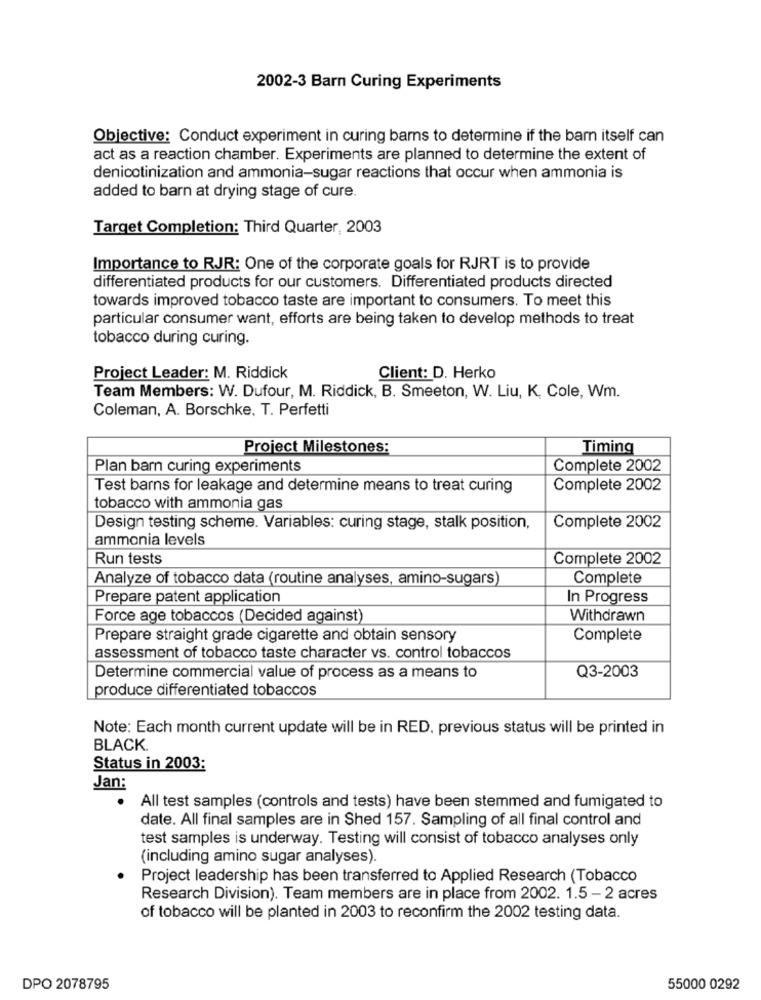
2002-3 Barn Curing Experiments
Objective: Conduct experiment in curing barns to determine if the barn itself can
act as a reaction chamber. Experiments are planned to determine the extent of
denicotinization and ammonia-sugar reactions that occur when ammonia is
added to barn at drying stage of cure.
Target Completion: Third Quarter, 2003
Importance to RJR: One of the corporate goals for RJRT is to provide
differentiated products for our customers. Differentiated products directed
towards improved tobacco taste are important to consumers. To meet this
particular consumer want, efforts are being taken to develop methods to treat
tobacco during curing.
Project Leader: M. Riddick
Client: D. Herko
Team Members: W. Dufour, M. Riddick, B. Smeeton, W. Liu, K, Cole, Wm.
Coleman, A. Borschke, T. Perfetti
Project Milestones:
Timing
Plan barn curing experiments
Complete 2002
Test barns for leakage and determine means to treat curing
Complete 2002
tobacco with ammonia gas
Design testing scheme. Variables: curing stage, stalk position,
Complete 2002
ammonia levels
Run tests
Complete 2002
Analyze of tobacco data (routine analyses, amino-sugars)
Complete
Prepare patent application
In Progress
Force age tobaccos (Decided against)
Withdrawn
Prepare straight grade cigarette and obtain sensory
Complete
assessment of tobacco taste character vs. control tobaccos
Determine commercial value of process as a means to
Q3-2003
produce differentiated tobaccos
Note: Each month current update will be in RED, previous status will be printed in
BLACK.
Status in 2003:
Jan:
All test samples (controls and tests) have been stemmed and fumigated to
date. All final samples are in Shed 157. Sampling of all final control and
test samples is underway. Testing will consist of tobacco analyses only
(including amino sugar analyses).
Project leadership has been transferred to Applied Research (Tobacco
Research Division). Team members are in place from 2002. 1.5 - 2 acres
of tobacco will be planted in 2003 to reconfirm the 2002 testing data.
DPO 2078795
55000 0292